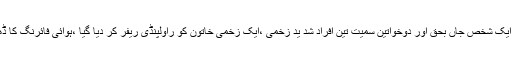
ڈھڈیال نیوز) پتوالی شادی کی خوشیاں غم میں تبدیل ،ہوائی فا ئرنگ سے ایک شخص جاں بحق اور دوخواتین سمیت تین افراد شد ید زخمی ،ایک زخمی خاتون کو راولپنڈی ریفر کر دیا گیا ،ہوائی فائرنگ کا ڈھونگ رچایا گیا ہے حقیقت میں دشمنی کی بھڑاس نکالی گئی ہے ،پولیس۔